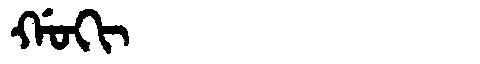
Manchu: ᡤᠣᡴᡳ
Romanization: GOKI